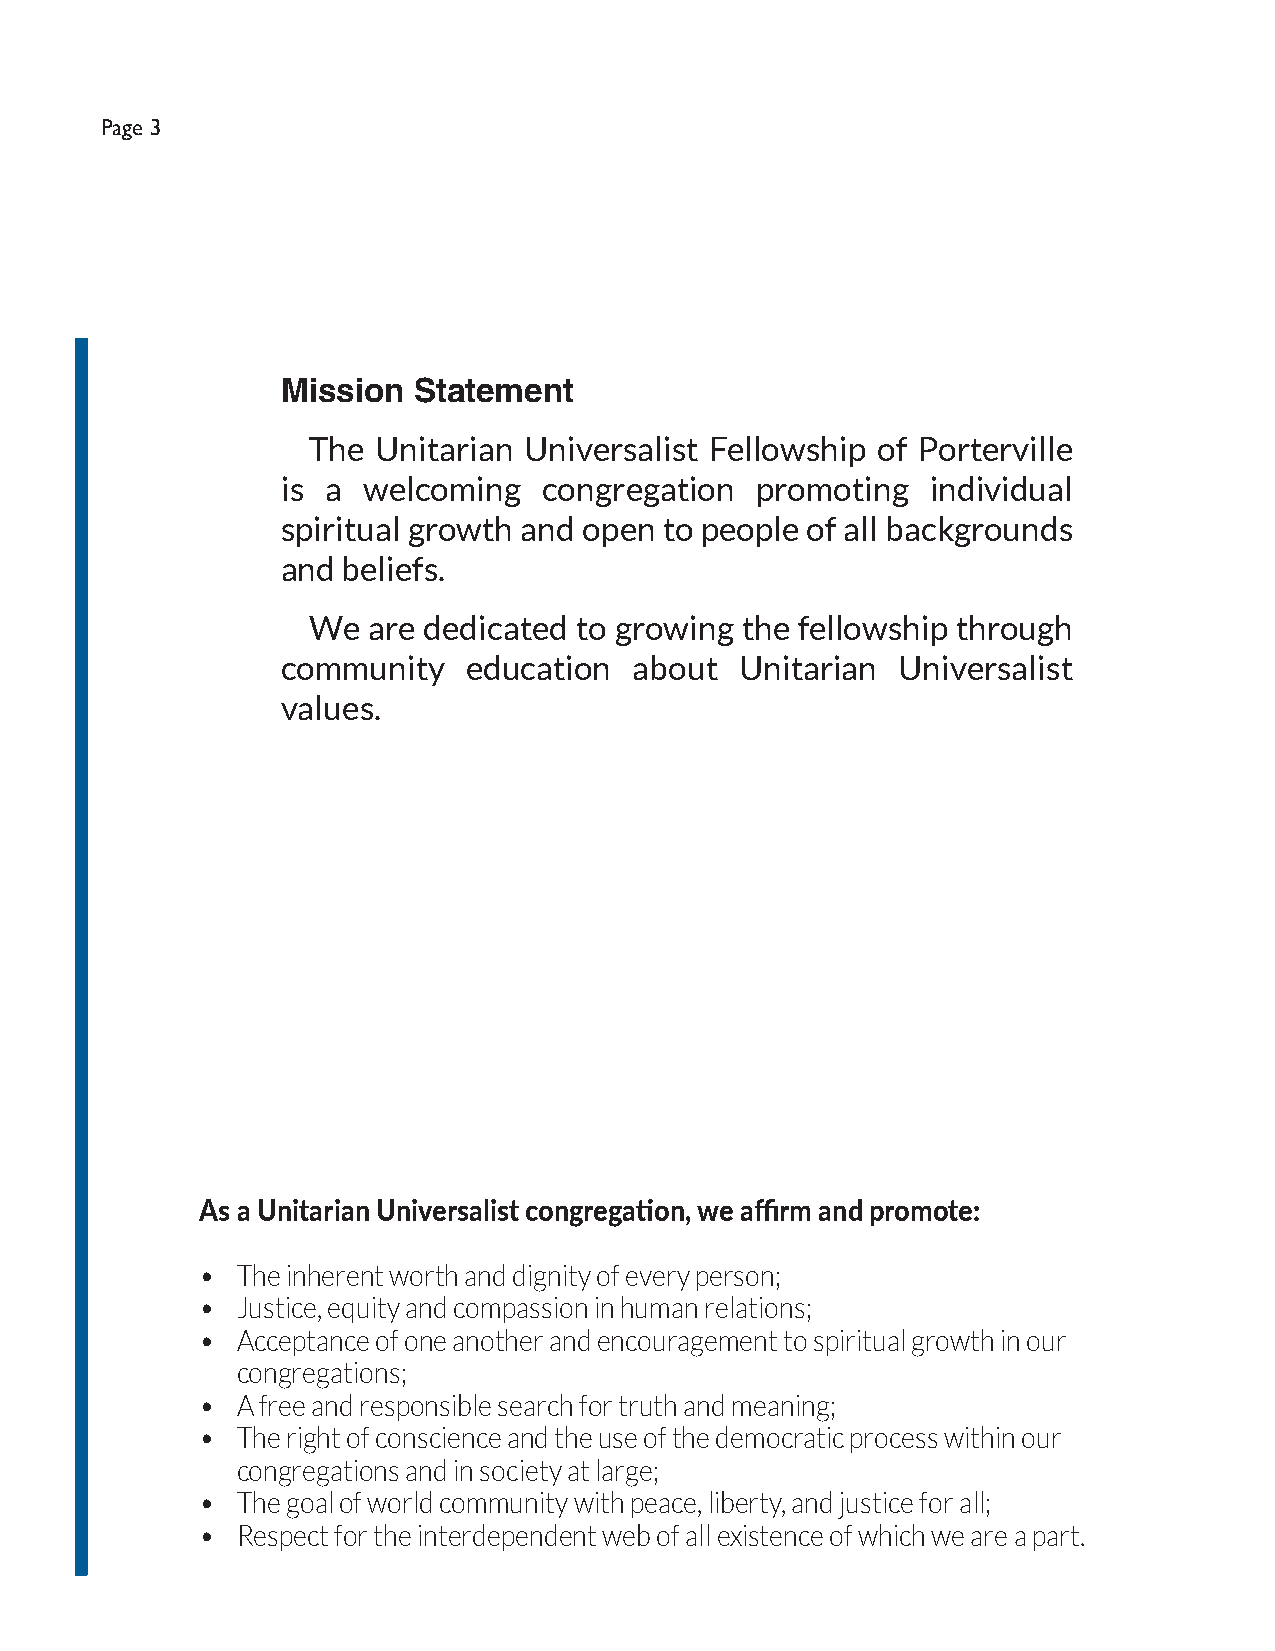
Page 3
 Mission Statement
 The  Unitarian Universalist Fellowship of Porterville
 is a welcoming   congregation  promoting   individual
 spiritual growth and open to people of all backgrounds
 and beliefs.
 We  are dedicated to growing the fellowship through
 community   education  about  Unitarian  Universalist
 values.
 As a Unitarian Universalist congregation, we affirm and promote:
 •  The inherent worth and dignity of every person;
 •  Justice, equity and compassion in human relations;
 •  Acceptance of one another and encouragement to spiritual growth in our
 congregations;
 •  A free and responsible search for truth and meaning;
 •  The right of conscience and the use of the democratic process within our
 congregations and in society at large;
 •  The goal of world community with peace, liberty, and justice for all;
 •  Respect for the interdependent web of all existence of which we are a part.